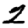
Digit: 2